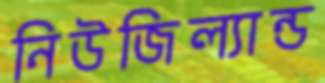
নিউজিল্যান্ড